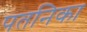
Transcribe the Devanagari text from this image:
पतनिका